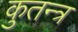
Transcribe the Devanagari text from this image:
कुतन्त्र